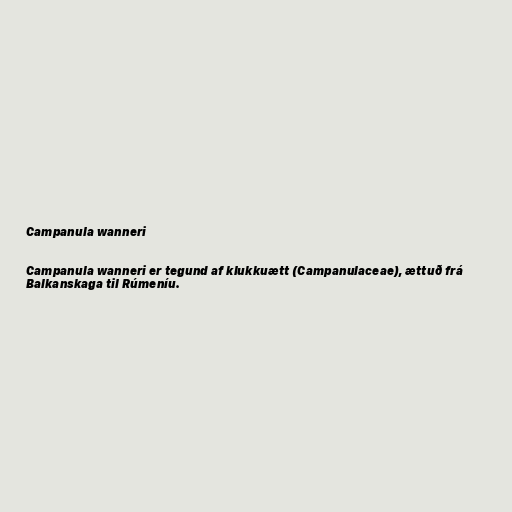
Campanula wanneri

Campanula wanneri er tegund af klukkuætt (Campanulaceae), ættuð frá
Balkanskaga til Rúmeníu.